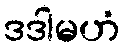
ဒဒါမဟံ